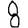
Digit: 8